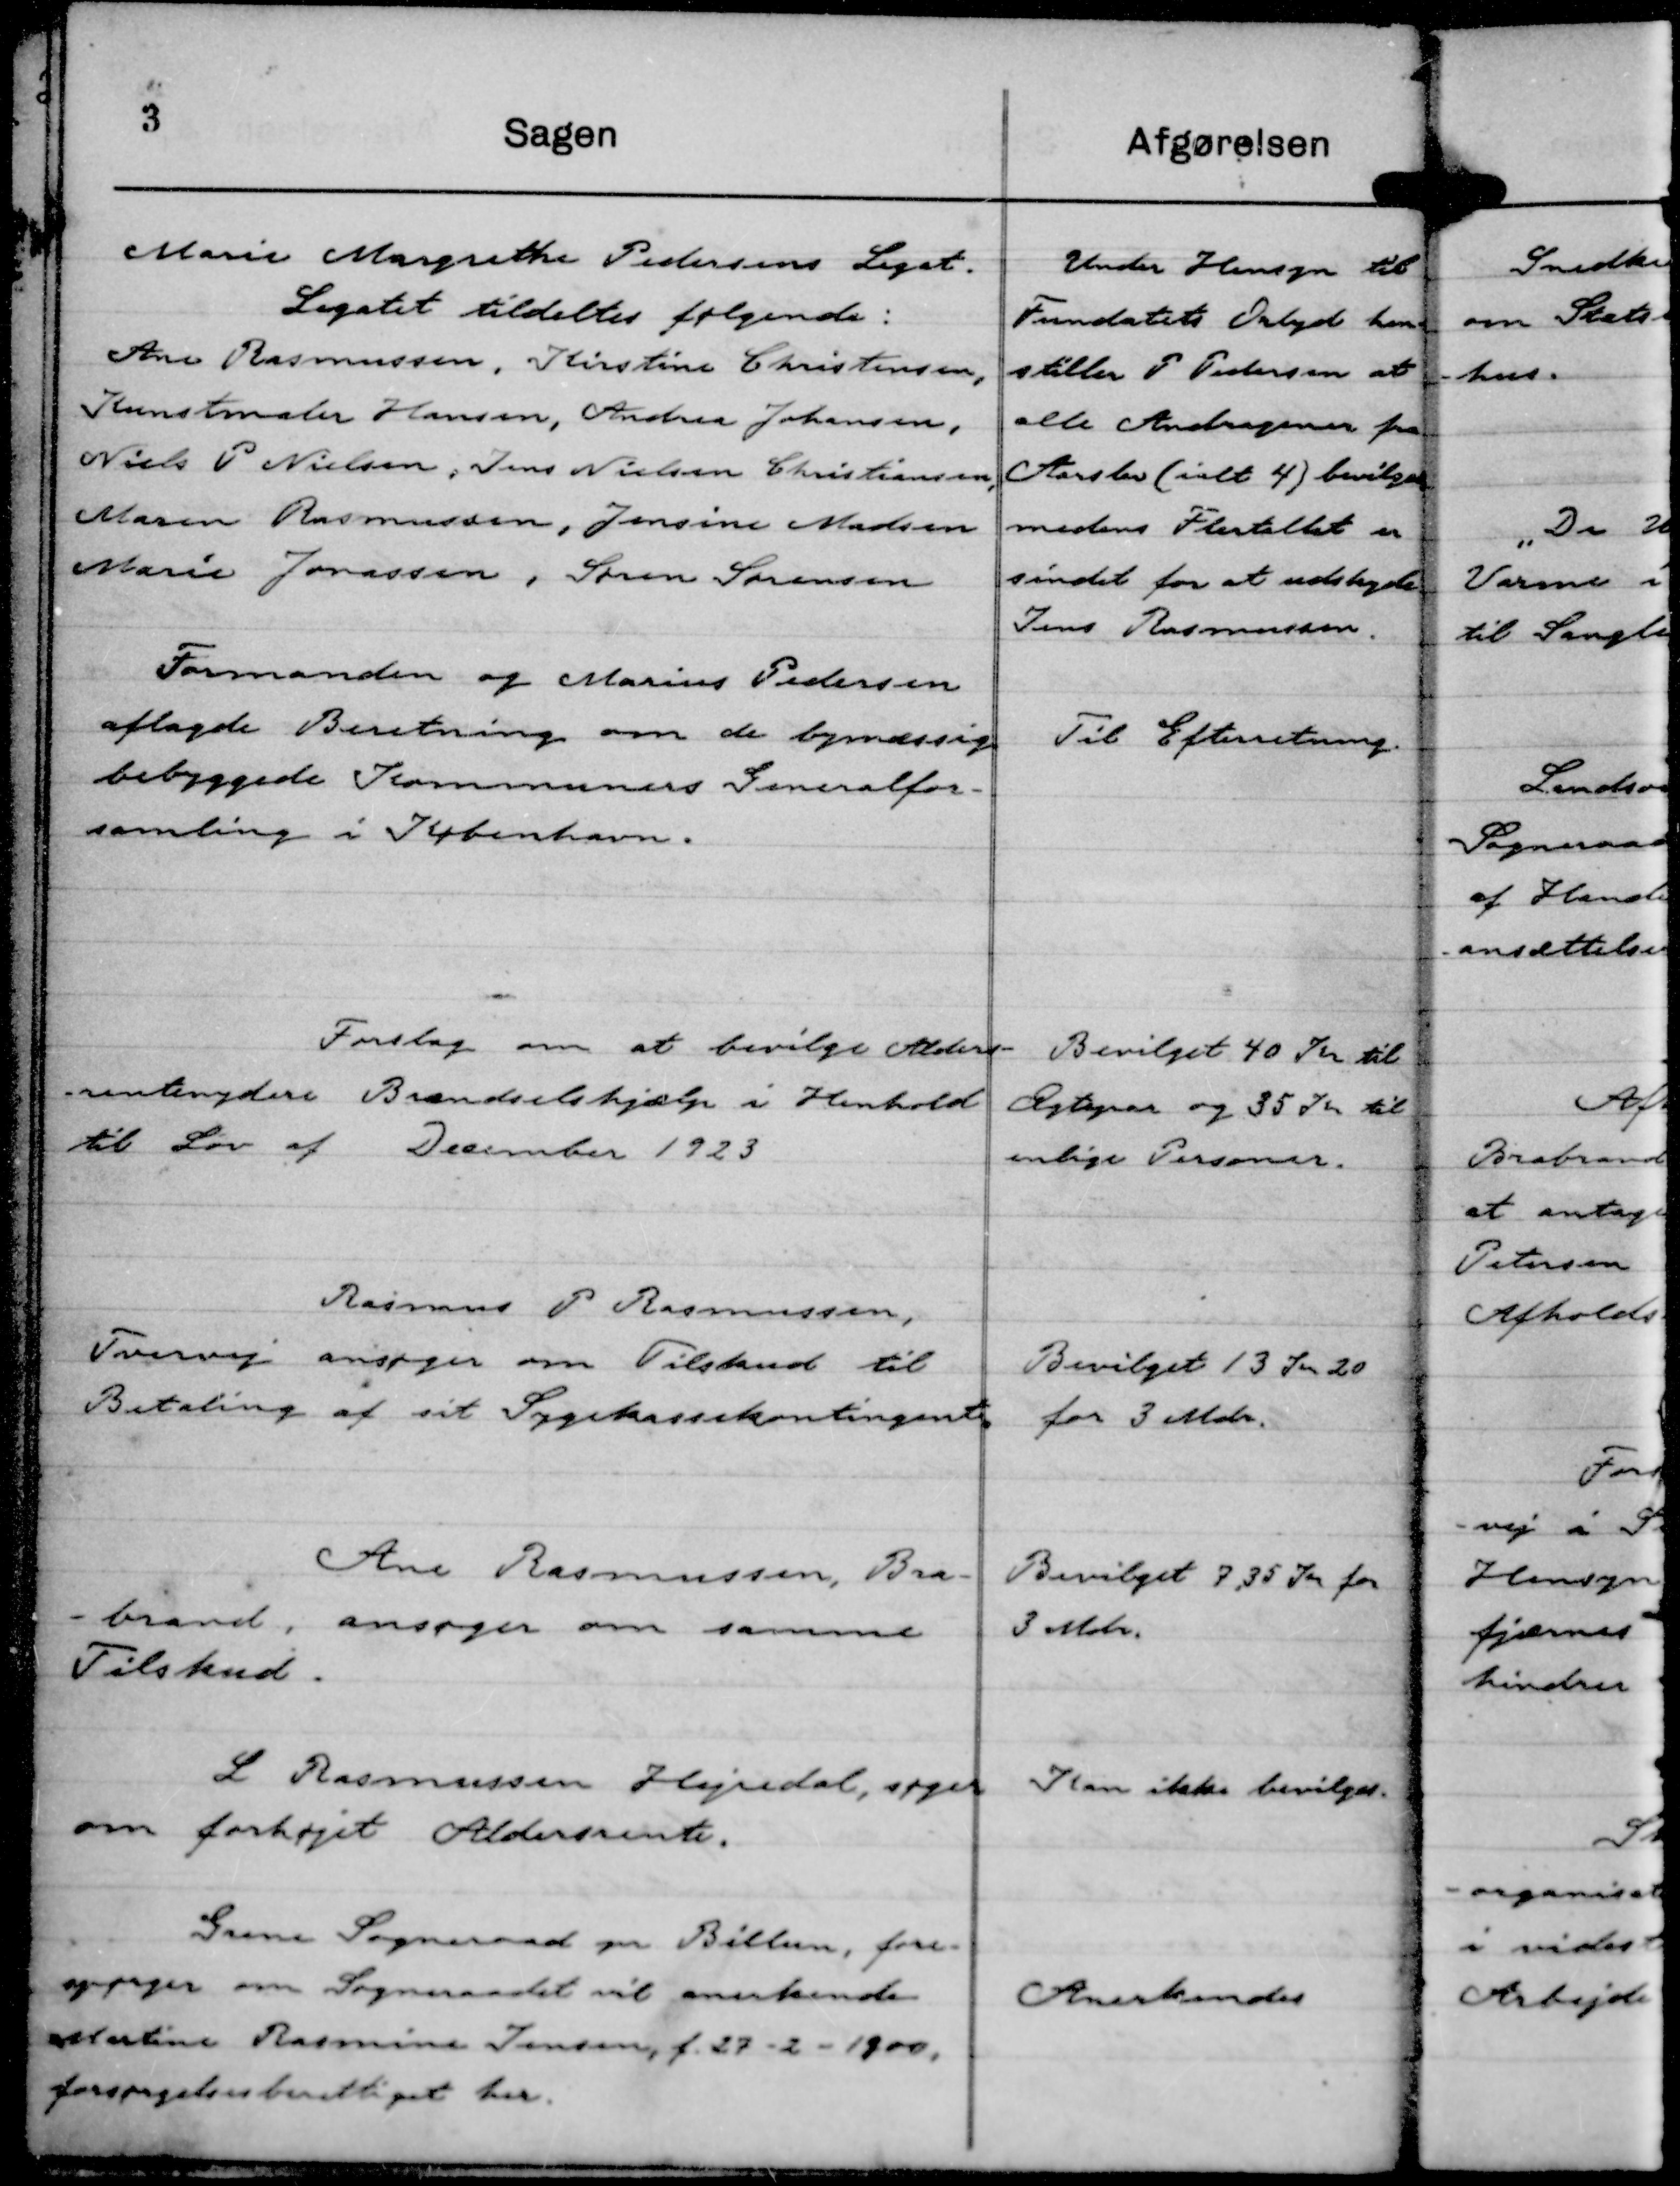
Transskription:
Marie Margrethe Pedersens Legat.
Legatet tildeltes følgende:
Ane Rasmussen, Kirstine Christensen,
Kunstmaler Hansen, Andrea Johansen,
Niels P Nielsen, Jens Nielsen Christiansen,
Maren Rasmussen, Jensine Madsen
Marie Jonassen, Søren Sørensen

Under Hensyn til
Fundatets Orlyd hen-
stiller P Pedersen at
alle Andragerne fra
Aarslev (ialt 4) bevilges
medens Flertallet er
sindet for at udskyde
Jens Rasmussen.

Formanden og Marius Pedersen
aflagde Beretning om de bymæssig
bebyggede Kommuners Generalfor-
samling i København.

Til Efterretning.

Forslag om at bevilge Alders-
rentenydere Brændselshjælp i Henhold
til Lov af December 1923

Bevilget 40 Kr til
Ægtepar og 35 Kr til
enlige Personer.

Rasmus P Rasmussen,
Tvervej ansøger om Tilskud til
Betaling af sit Sygekassekontingent.

Bevilget 13 Kr 20
for 3 Mdr.

Ane Rasmussen, Bra-
brand, ansøger om samme
Tilskud.

Bevilget 7,35 Kr for
3 Mdr.

L Rasmussen Hejredal, søger
om forhøjet Aldersrente.

Kan ikke bevilges.

Grene Sogneraad pr. Billun, fore-
spørger om Sogneraadet vil anerkende
Martine Rasmine Jensen, f. 27-2-1900,
forsørgelsesberettiget her.

Anerkendes